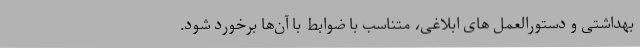
بهداشتی و دستورالعمل های ابلاغی، متناسب با ضوابط با آن‌ها برخورد شود.